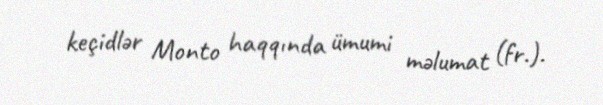
keçidlər Monto haqqında ümumi məlumat (fr.).